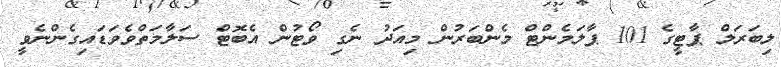
ލިބަރަލް ޕާޓީގެ 101 ޕާލަމެންޓް މެންބަރުން މިއަދު ނެގި ވޯޓުން އެބޮޓް ސަލާމަތްވެވަޑައިގެންނެވީ